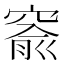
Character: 窬